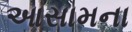
આસામના